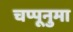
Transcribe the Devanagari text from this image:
चप्पूनुमा